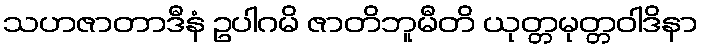
သဟဇာတာဒီနံ ဥပါဂမိ ဇာတိဘူမီတိ ယုတ္တမုတ္တဝါဒိနာ